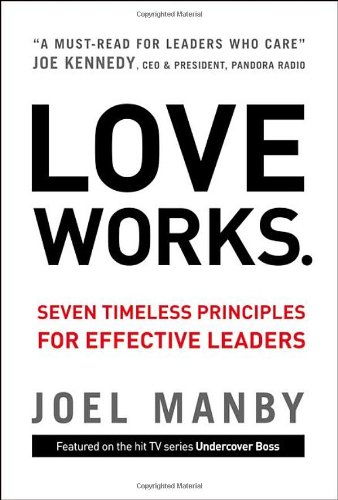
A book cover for Love Works: Seven Timeless Principles for Effective Leaders; Joel Manby; Business & Money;